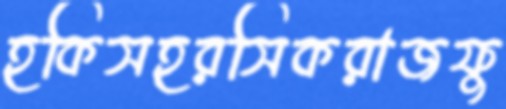
হকিসহরসিকরাজফু